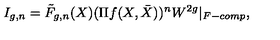
I _ { g , n } = \tilde { F } _ { g , n } ( X ) ( \Pi f ( X , \bar { X } ) ) ^ { n } W ^ { 2 g } | _ { F - c o m p } ,